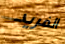
الفريد